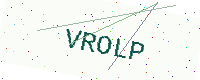
Text: VROLP